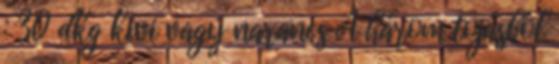
: 30 dkg kivi vagy narancs A három tojásból